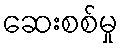
ဆေးစစ်မှု